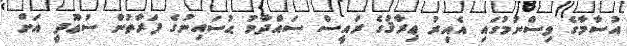
އުސާމާގެ ވިސްނުމުގައި އެއިރު ޢިރާޤުގެ ރައީސް ސައްދާމު ޙުސައިނުގެ ފަރާތުން ސުޢޫދީ އަށް